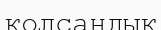
қолсандық